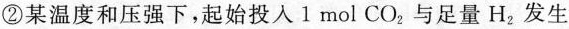
②某温度和压强下，起始投入1mol CO_{2}与足量H_{2}发生